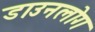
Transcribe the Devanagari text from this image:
डाउनलोग